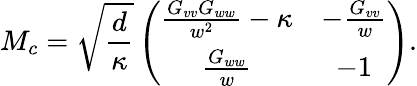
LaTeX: M_{c}=\sqrt{\frac{d}{\kappa}}\left(\begin{array}{cc}{\frac{G_{vv}G_{ww}}{w^{2}}-\kappa}&{-\frac{G_{vv}}{w}}\\ {\frac{G_{ww}}{w}}&{-1}\end{array}\right).